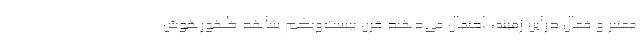
معتبر و فعال دراین زمینه، احتمال می‌دهند قرن بیست‌ویکم شاهد ظهورهوش